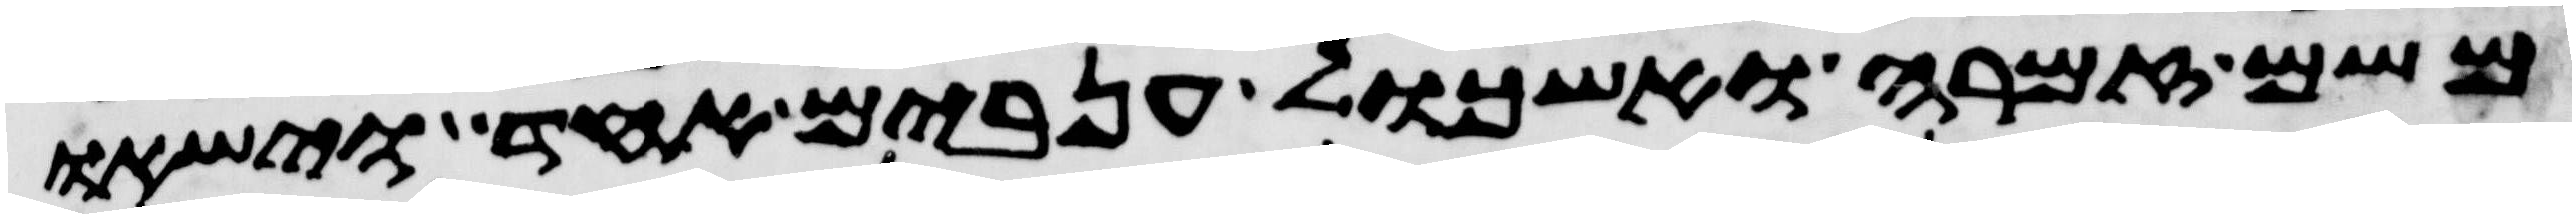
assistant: משם זמרה ואשכול ענבים אחד וישאו